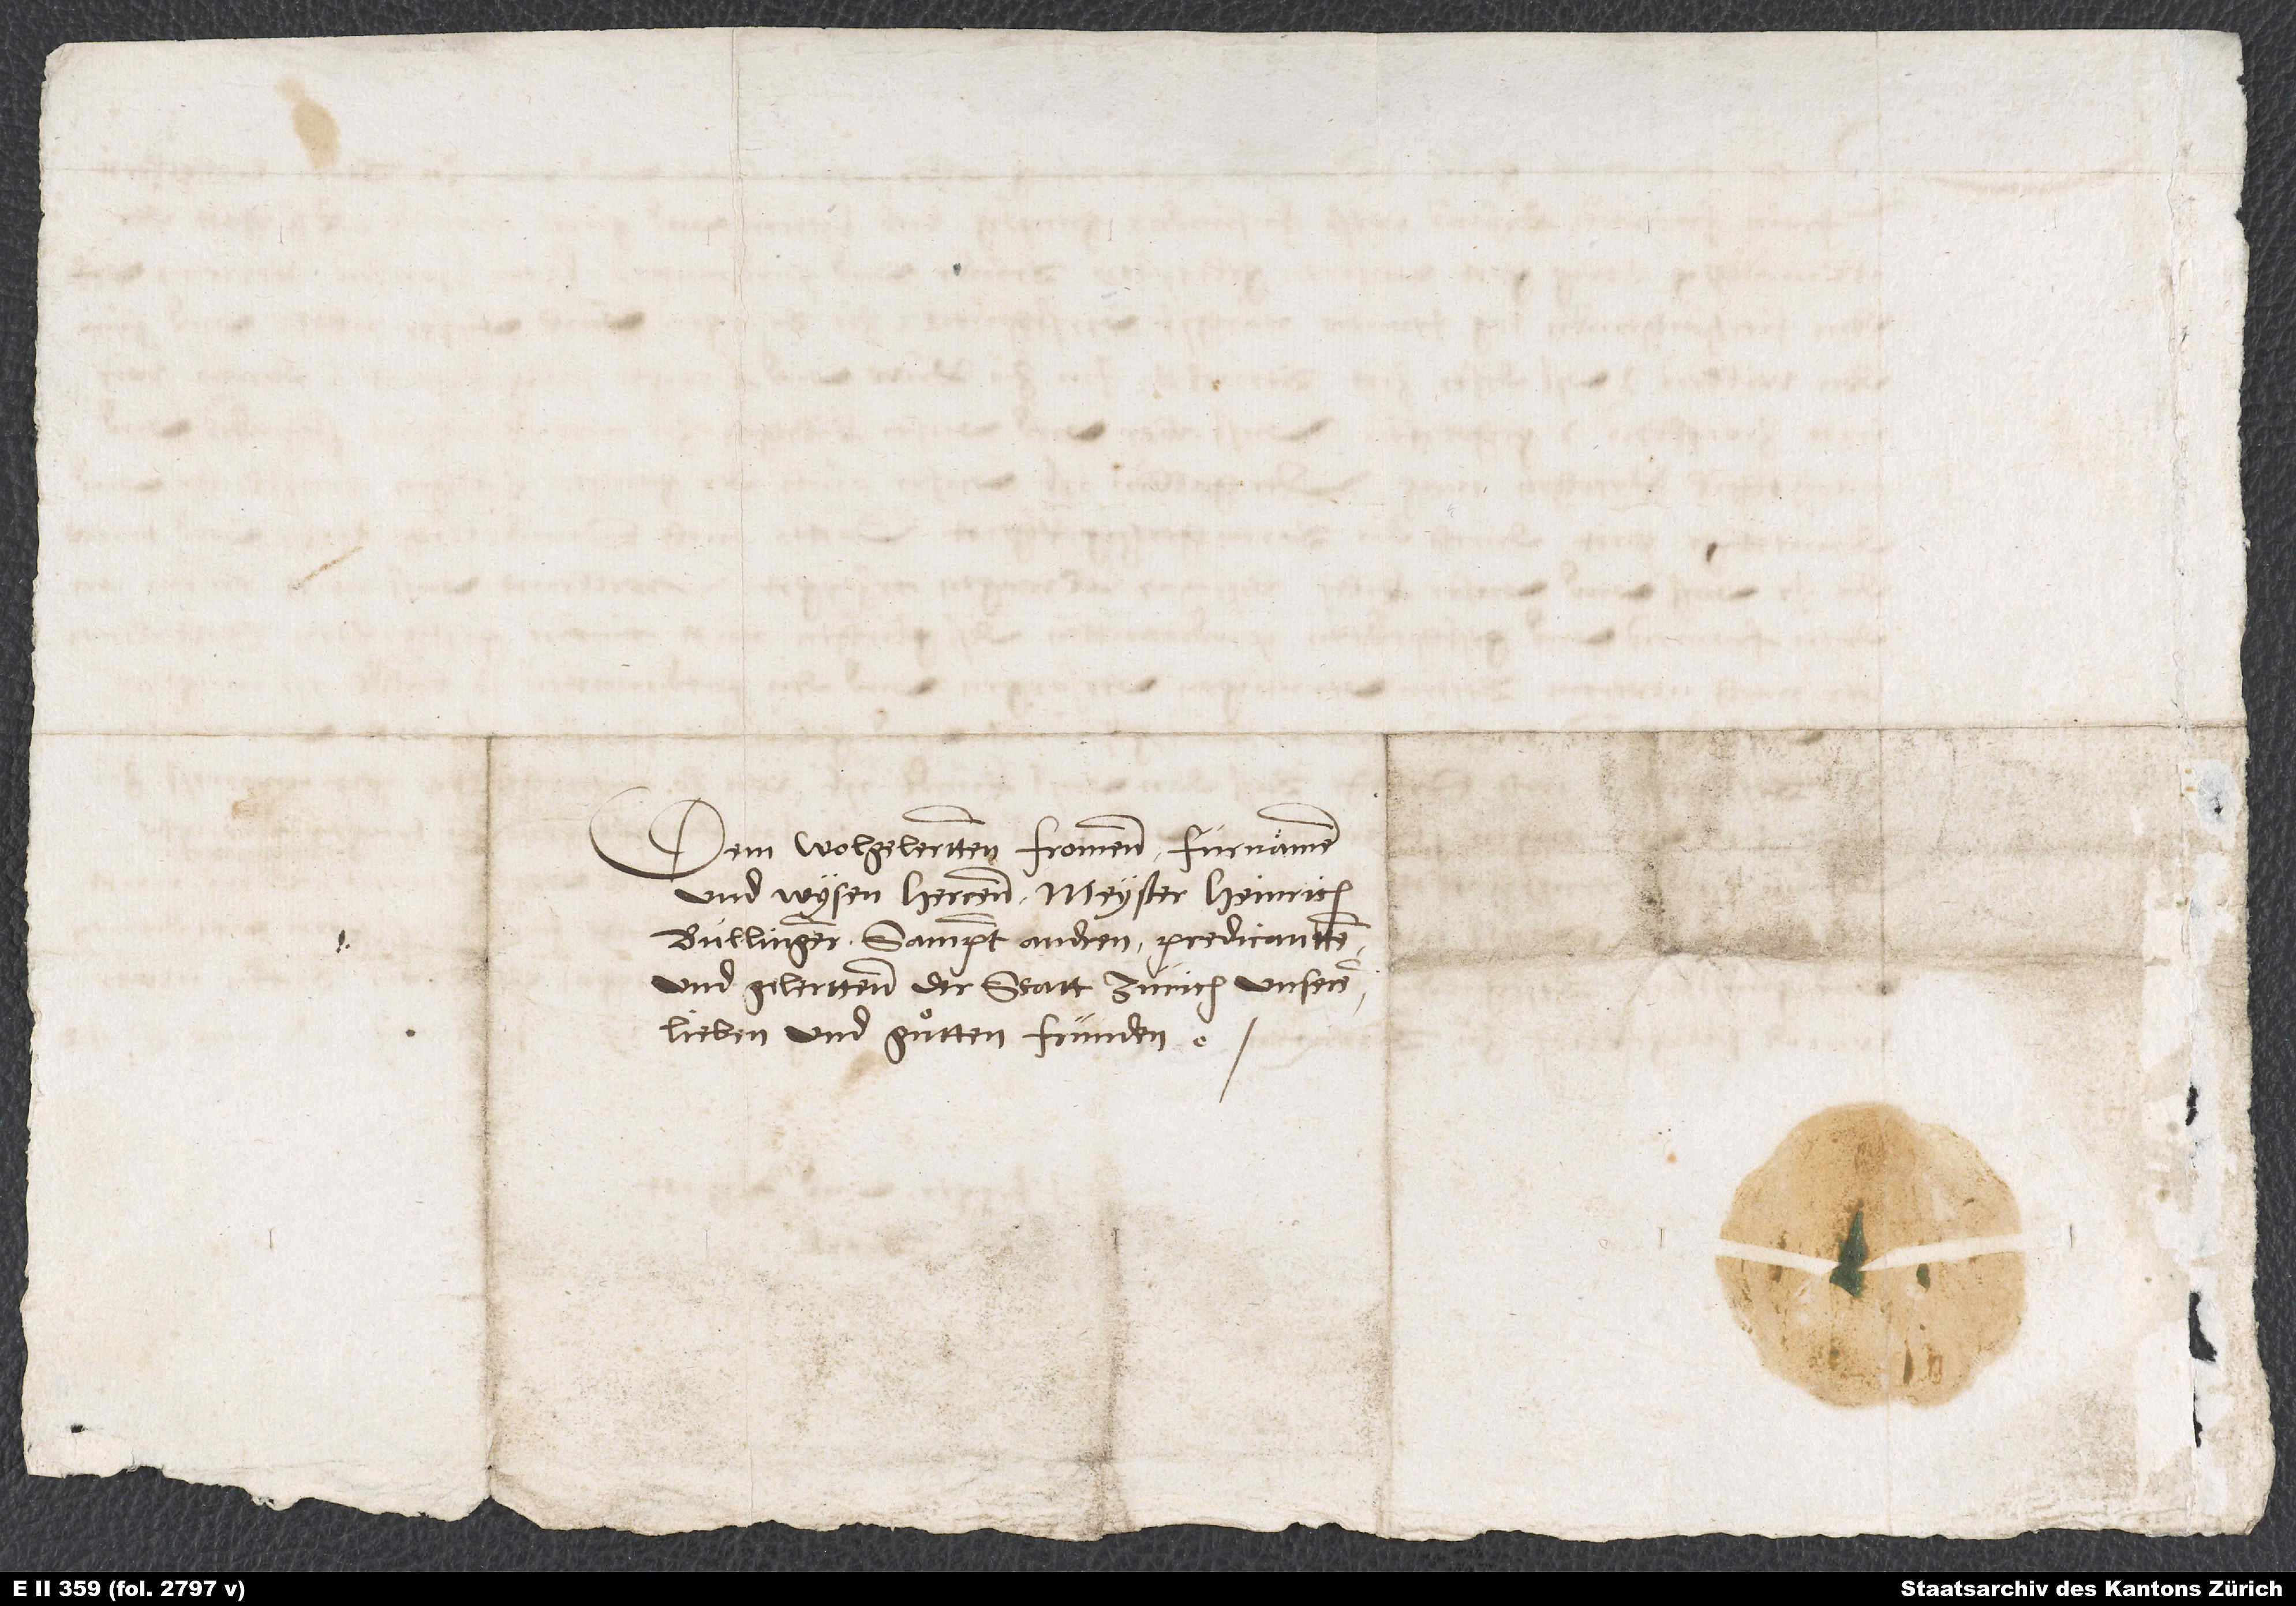
Dem wolgelertten, fromenn, furnämmenn
und wysen herrenn Meyster Heinrich
Bullingern sammpt andren predicantten
und gelerttenn der statt Zürich, unseren
lieben und guͦtten fründen.